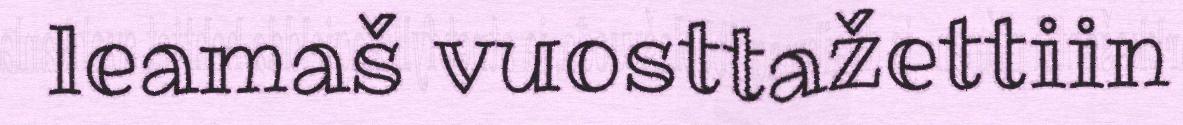
leamaš vuosttažettiin